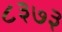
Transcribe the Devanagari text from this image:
८३७३